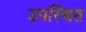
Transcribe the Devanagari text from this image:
उपस्थित